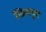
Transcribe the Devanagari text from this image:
छियपुट